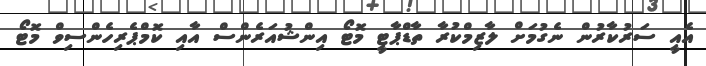
އެއީ ސަރުކާރުން ނެގުމަށް ލާޒިމްކުރާ ތާޑްޕާޓީ މޮޓޯ އިންޝުއަރެންސް އާއި ކޮމްޕެރިހެންސިވް މޮޓޯ